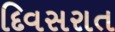
દિવસરાત